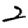
Digit: 2